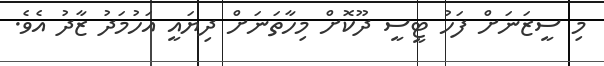
މި ސީޒަނަށް ފަހު ޓީސީ ދޫކޮށް މިހާތަނަށް ދިޔައީ އަހުމަދު ޒާދު އެވެ.